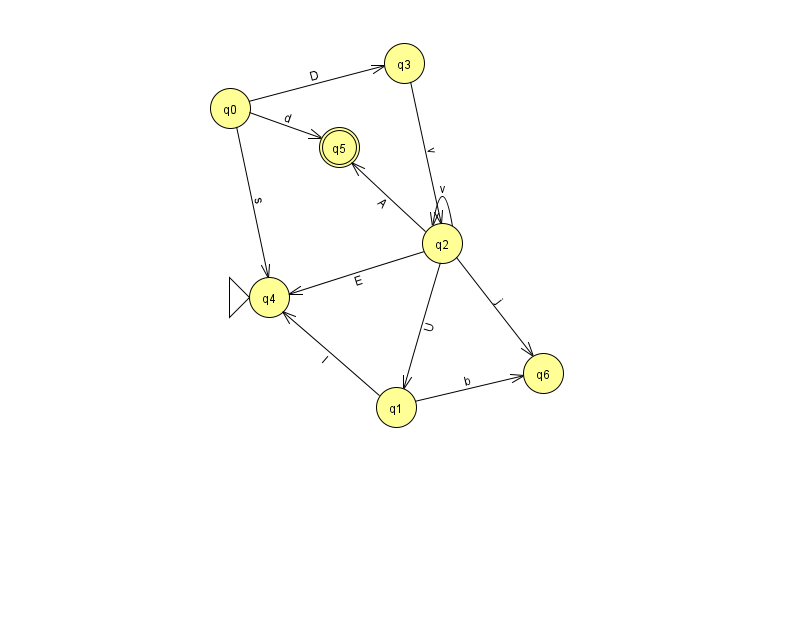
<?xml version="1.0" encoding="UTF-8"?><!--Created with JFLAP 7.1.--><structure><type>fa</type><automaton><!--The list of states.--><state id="0" name="q0"><x>230.0</x><y>95.0</y></state><state id="1" name="q1"><x>396.0</x><y>394.0</y></state><state id="2" name="q2"><x>442.0</x><y>230.0</y></state><state id="3" name="q3"><x>404.0</x><y>50.0</y></state><state id="4" name="q4"><x>269.0</x><y>284.0</y><initial/></state><state id="5" name="q5"><x>339.0</x><y>134.0</y><final/></state><state id="6" name="q6"><x>543.0</x><y>360.0</y></state><!--The list of transitions.--><transition><from>2</from><to>1</to><read>U</read></transition><transition><from>1</from><to>6</to><read>b</read></transition><transition><from>0</from><to>4</to><read>s</read></transition><transition><from>2</from><to>5</to><read>A</read></transition><transition><from>3</from><to>2</to><read>v</read></transition><transition><from>1</from><to>4</to><read>I</read></transition><transition><from>2</from><to>2</to><read>v</read></transition><transition><from>0</from><to>3</to><read>D</read></transition><transition><from>0</from><to>5</to><read>d</read></transition><transition><from>2</from><to>4</to><read>E</read></transition><transition><from>2</from><to>6</to><read>j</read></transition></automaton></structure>